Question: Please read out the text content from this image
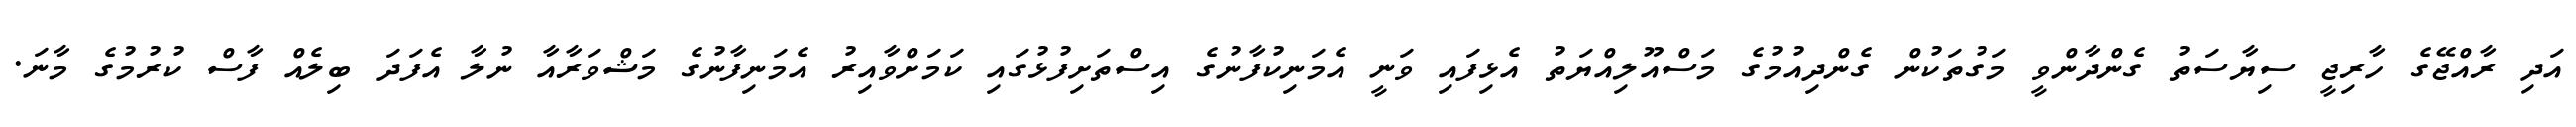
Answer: އަދި ރާއްޖޭގެ ހާރިޖީ ސިޔާސަތު ގެންދާންވީ މަގުތަކުން ގެންދިއުމުގެ މަސްއޫލިއްޔަތު އެޅިފައި ވަނީ އެމަނިކުފާނުގެ އިސްތަށިފުޅުގައި ކަމަށްވާއިރު އެމަނިފާނުގެ މަޝްވަރާއާ ނުލާ އެފަދަ ބިލެއް ފާސް ކުރުމުގެ މާނަ.